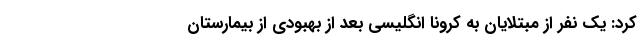
کرد: یک نفر از مبتلایان به کرونا انگلیسی بعد از بهبودی از بیمارستان